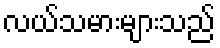
လယ်သမားများသည်